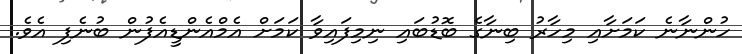
ހުންނާނެ ކަމަށާއި މިހާރު ބިނާގެ ބޮޑުބައި ނިމިފައިވާ ކަމަށް އެމްއެންޑީއެފުން ބުނެފި އެވެ.